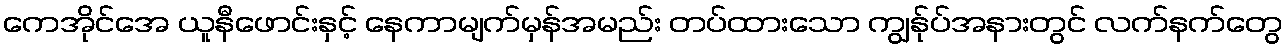
ကေအိုင်အေ ယူနီဖောင်းနှင့် နေကာမျက်မှန်အမည်း တပ်ထားသော ကျွန်ုပ်အနားတွင် လက်နက်တွေ